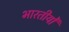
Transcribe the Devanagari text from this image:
भारतीयोँ